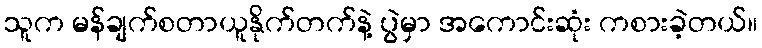
သူက မန်ချက်စတာယူနိုက်တက်နဲ့ ပွဲမှာ အကောင်းဆုံး ကစားခဲ့တယ်။